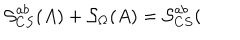
LaTeX: \mathcal { S } _ { C S } ^ { a b } ( A ) + \mathcal { S } _ { \Omega } ( A ) = \mathcal { S } _ { C S } ^ { a b } (